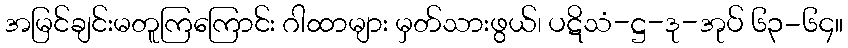
အမြင်ချင်းမတူကြကြောင်း ဂါထာများ မှတ်သားဖွယ်၊ ပဋိသံ-ဋ္ဌ-ဒု-အုပ် ၆၃-၆၄။